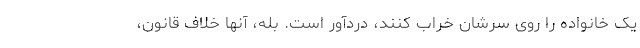
یک خانواده را روی سرشان خراب کنند، دردآور است. بله، آنها خلاف قانون،